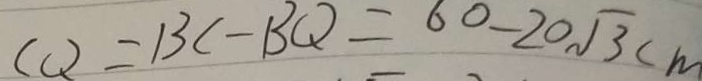
C Q = B C - B Q = 6 0 - 2 0 \sqrt { 3 } c m